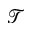
\mathcal { T }